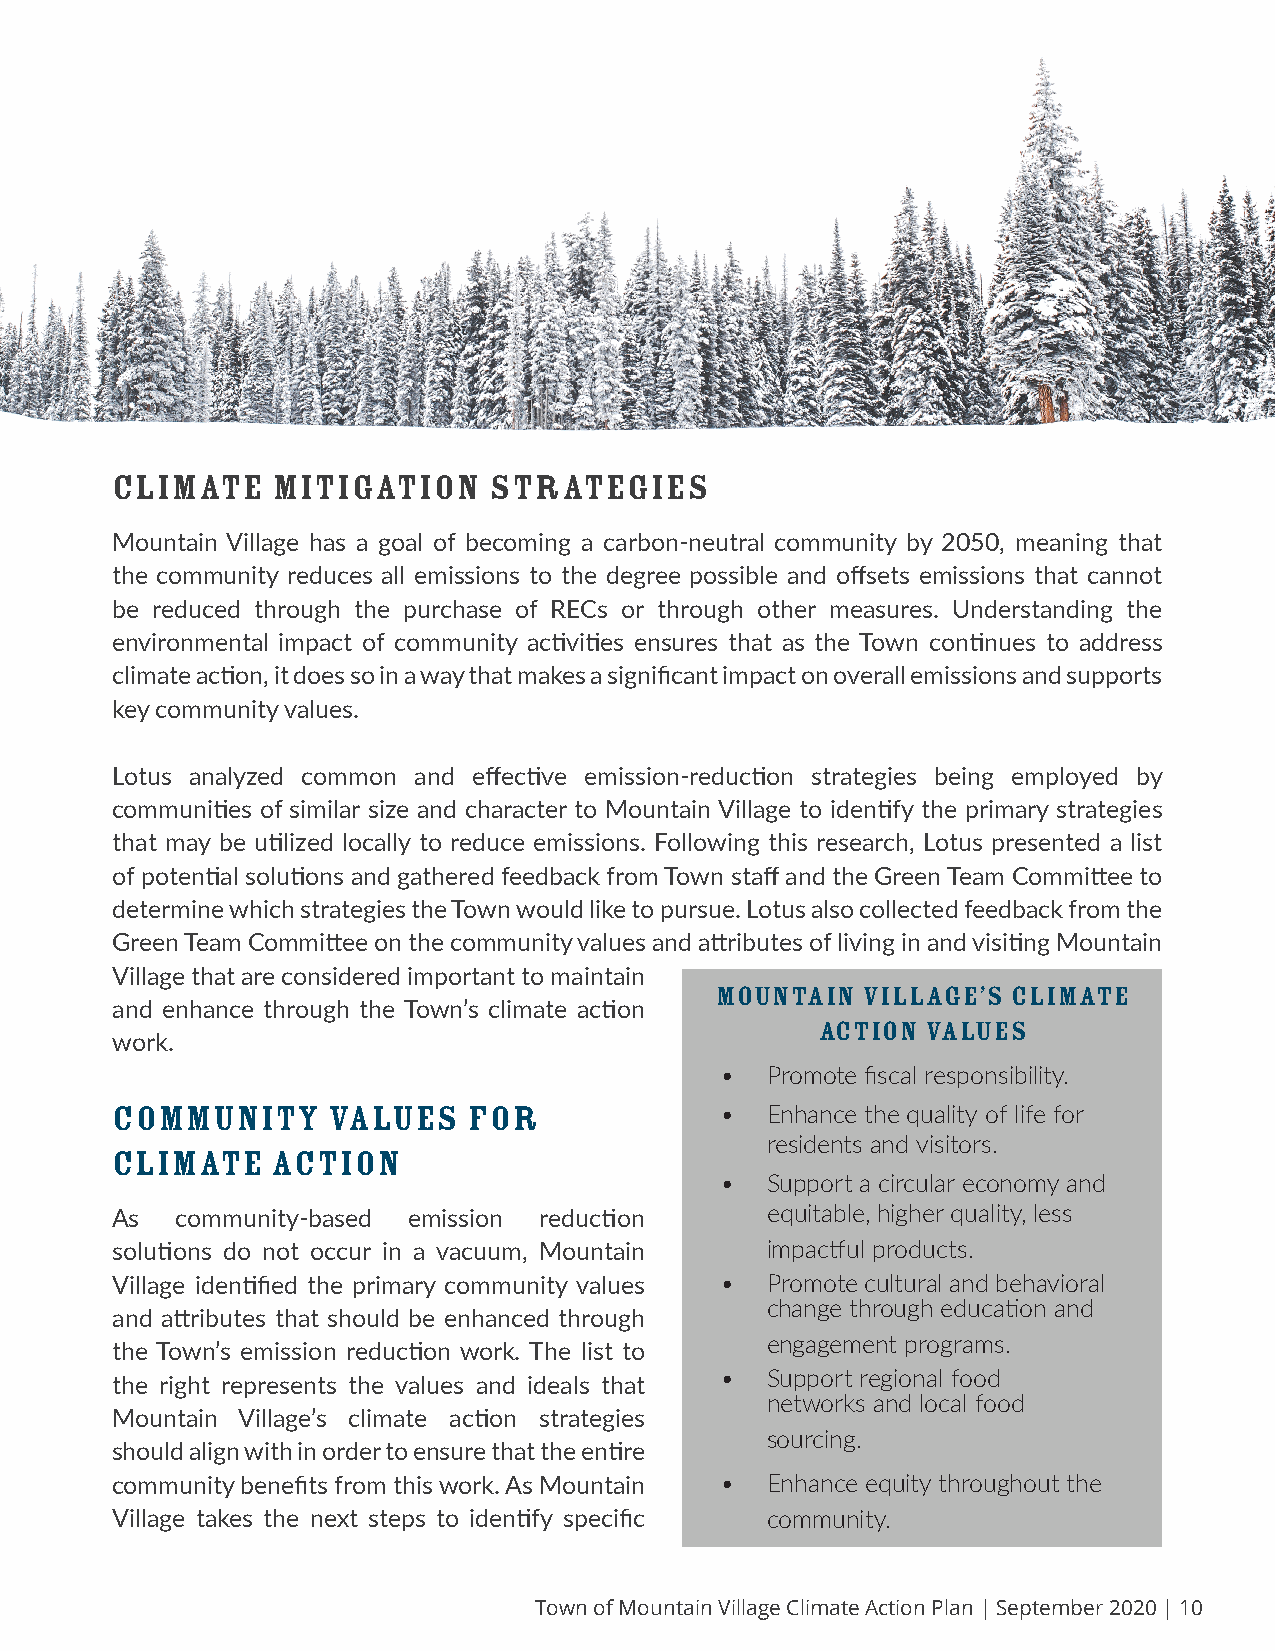
CLIMATE    MITIGATION     STRATEGIES
 Mountain Village has a goal of becoming a carbon-neutral community by 2050, meaning that
 the community reduces all emissions to the degree possible and offsets emissions that cannot
 be reduced through the purchase of RECs or through other measures. Understanding the
 environmental impact of community activities ensures that as the Town continues to address
 climate action, it does so in a way that makes a significant impact on overall emissions and supports
 key community values.
 Lotus analyzed common and effective emission-reduction strategies being employed by
 communities of similar size and character to Mountain Village to identify the primary strategies
 that may be utilized locally to reduce emissions. Following this research, Lotus presented a list
 of potential solutions and gathered feedback from Town staff and the Green Team Committee to
 determine which strategies the Town would like to pursue. Lotus also collected feedback from the
 Green Team Committee on the community values and attributes of living in and visiting Mountain
 Village that are considered important to maintain
 Mountain  Village’s Climate
 and enhance through the Town’s climate action
 Action Values
 work.
 •  Promote fiscal responsibility.
 COMMUNITY      VALUES   FOR              •  Enhance the quality of life for
 residents and visitors.
 CLIMATE    ACTION
 •  Support a circular economy and
 As   community-based emission reduction     equitable, higher quality, less
 solutions do not occur in a vacuum, Mountain impactful products.
 Village identified the primary community values • Promote cultural and behavioral
 change through education and
 and attributes that should be enhanced through
 engagement programs.
 the Town’s emission reduction work. The list to
 •  Support regional food
 the right represents the values and ideals that
 networks and local food
 Mountain Village’s climate action strategies
 sourcing.
 should align with in order to ensure that the entire
 community benefits from this work. As Mountain • Enhance equity throughout the
 Village takes the next steps to identify specific community.
 Town of Mountain Village Climate Action Plan | September 2020 | 10